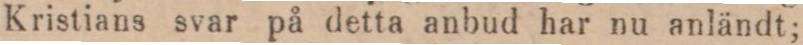
Kristians svar på detta anbud har nu anländt;